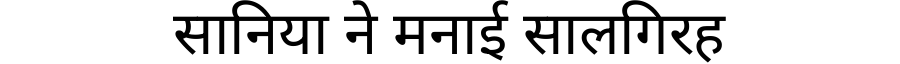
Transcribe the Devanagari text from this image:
सानिया ने मनाई सालगिरह